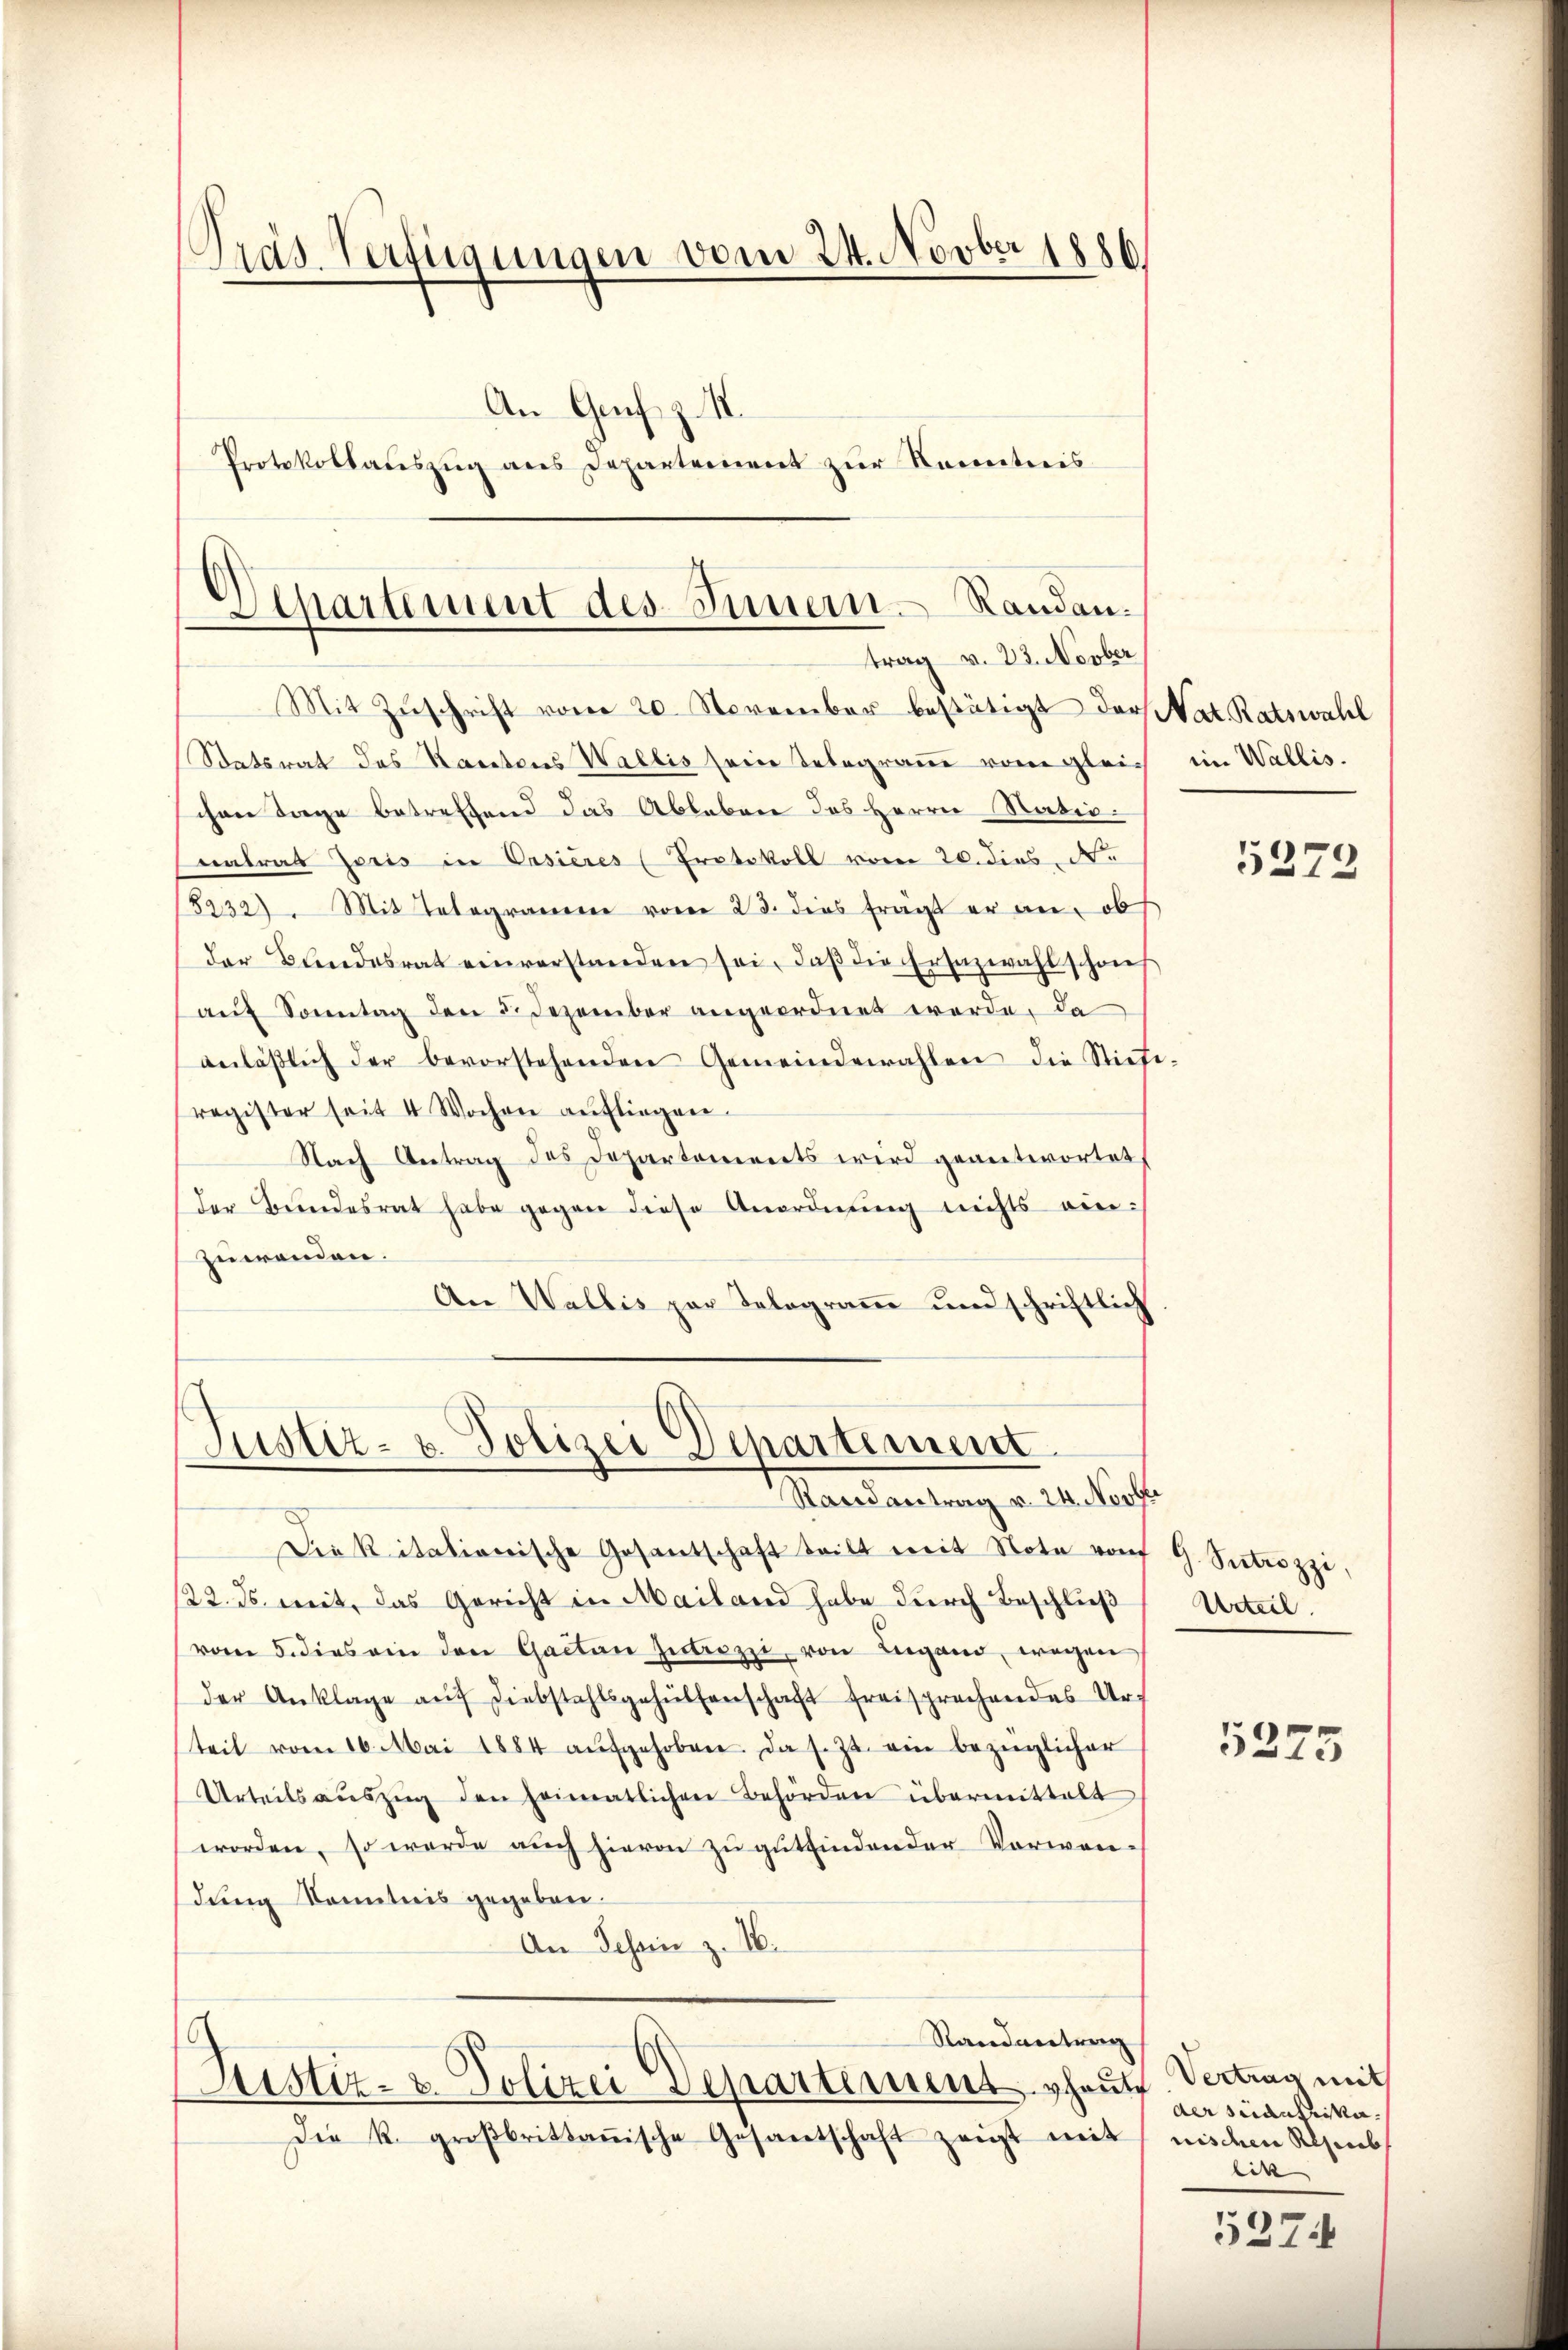
Präs. Verfügungen vom 24. Novber 1886
An Genf z
Protokollauszug aus Departement zur Kenntnis

Departement des Innern. Randen.
trag v. 23. Novber
Mit Zŭschrift vom 20. November bestätigt der Nat. Ratswahl

Satsrat des Kantons Wallis seine Telegramme von gleich im Wallis.
chen Tage betreffend das Ableben des Herrn Natio
natrat Joris in Ossieres (Protokoll vom 20. dies d.
8232. Mit Telegramen vom 23. dies frägt er an, ob
der Bundesrat einverstanden sei, daβ die Ersazwahl schon
aŭf Sonntag den 5. Dezember angeordnet werde, da
anläβlich der bevorstehenden Gemeindewahlen die Stiefi-
register seit 4 Wochen aŭfliegen.
Nach Antrag des Departements wird geantwortet,
der Bundesrat habe gegen diese Anordnung nichts eini
zuwenden.
An Wallis par Telegramm und schriftlich

Justiz- u. Polizei Departement
Mandantung v. 4. Siehe

Diekitationische Gesantschaft teilt mit Note von
22. ds. weit, das Gericht in Mailand habe durch Beschließ
vom 5. dies ein den Gaetan Introzzi, von Lugano, wegen
der Anklage aŭf Diebstahlsgehülfenschaft freisprechendes Urteil vom 16. Mai 1884 aŭfgehoben. Da s. Zt. ein bezüglicher
Urteils aŭszŭg den heimatlichen Behörden übermittelt
worden, so werde auch hievon zu gutfinden der Vorwendung Sonntnis gegeben.
An Schein z. 16.
Randvertrag
Justiz- & Polizei Departiment heute
Die R. groβbrittanische Gesantschaft zeigt mit eisdem Alib

5272

G. Sectrozzi,
Urteil.

5275

Vertrag mit
der stantika
e

537.